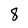
Character: 8